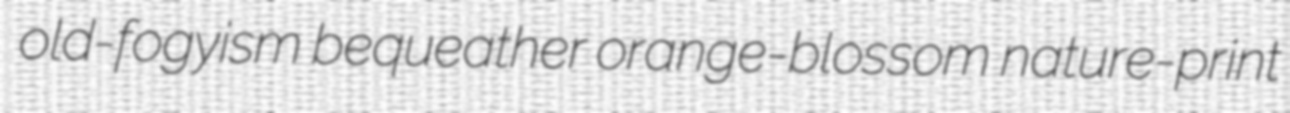
old-fogyism bequeather orange-blossom nature-print